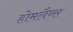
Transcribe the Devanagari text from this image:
होमलैब्स